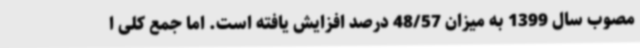
مصوب سال 1399 به میزان 48/57 درصد افزایش یافته است. اما جمع کلی ا